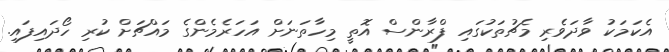
އެކަމަކު ވާދަވެރި މެޗުތަކުގައި ފްރާންސް އޮތީ މިހާތަނަށް އަހަރެމެންގެ މައްޗަށް ކުރި ހޯދައިފައި.